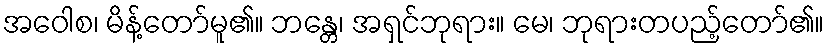
အဝေါစ၊ မိန့်တော်မူ၏။ ဘန္တေ၊ အရှင်ဘုရား။ မေ၊ ဘုရားတပည့်တော်၏။